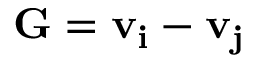
\mathbf { G = v _ { i } - v _ { j } }